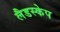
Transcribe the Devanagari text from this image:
लैडस्केप